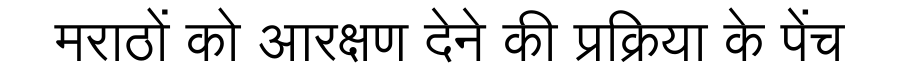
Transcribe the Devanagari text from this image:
मराठों को आरक्षण देने की प्रक्रिया के पेंच